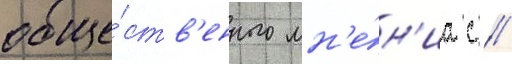
обще́ств'енного мн'е́н'иа с //